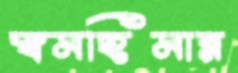
স্বমহিমার